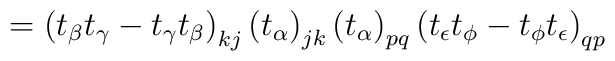
=\left(t_\beta t_\gamma-t_\gamma t_\beta\right)_{kj}\left(t_\alpha	\right)_{jk}\left(t_\alpha\right)_{pq}\left(t_\epsilon t_\phi-t_\phi	t_\epsilon\right)_{qp}